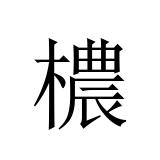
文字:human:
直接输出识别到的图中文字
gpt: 檂